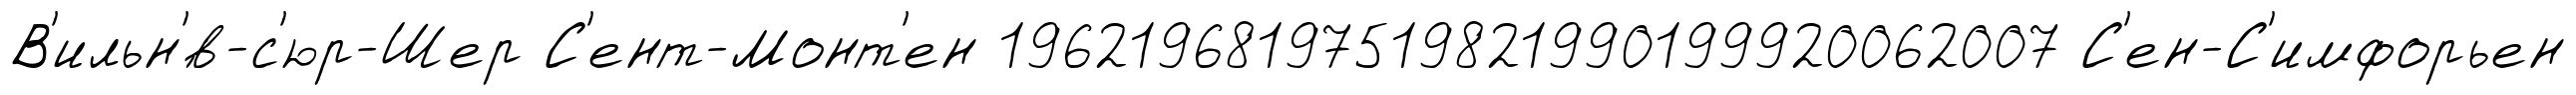
В'ильн'́в-с'юр-Шер С'ент-Монт'ен 19621968197519821990199920062007 С'ен-С'имфорьен